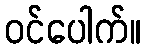
ဝင်ပေါက်။